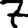
Digit: 7